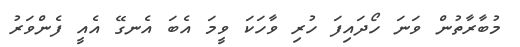
މުބާރާތުން ވަނަ ހޯދައިފަ ހުރި ވާހަކަ ވީމަ އެބަ އެނގޭ އެއީ ފެންވަރު